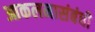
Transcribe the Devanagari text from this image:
आकलनासंबंधी